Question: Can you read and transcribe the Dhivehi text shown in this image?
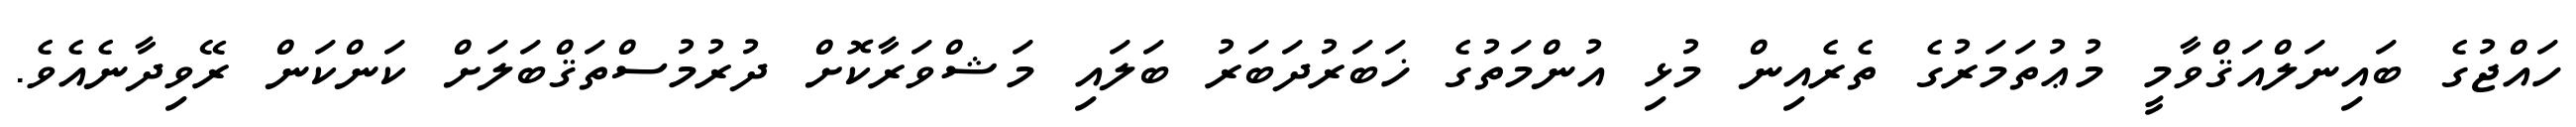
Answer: ހައްޖުގެ ބައިނަލްއަޤްވާމީ މުޢުތަމަރުގެ ތެރެއިން މުޅި އުންމަތުގެ ޚަބަރުދަބަރު ބަލައި މަޝްވަރާކޮށް ދުރުމުސްތަޤްބަލަށް ކަންކަން ރޭވިދާނެއެވެ.